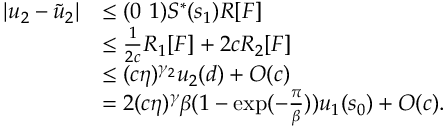
\begin{array} { r l } { \vert u _ { 2 } - \tilde { u } _ { 2 } \vert } & { \le ( 0 \ 1 ) S ^ { \ast } ( s _ { 1 } ) R [ F ] } \\ & { \le \frac 1 { 2 c } R _ { 1 } [ F ] + 2 c R _ { 2 } [ F ] } \\ & { \le ( c \eta ) ^ { \gamma _ { 2 } } u _ { 2 } ( d ) + O ( c ) } \\ & { = 2 ( c \eta ) ^ { \gamma } \beta ( 1 - \exp ( - \frac \pi \beta ) ) u _ { 1 } ( s _ { 0 } ) + O ( c ) . } \end{array}